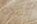
وبشدة